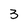
Character: 3